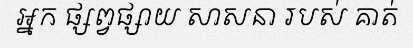
អ្នក ផ្សព្វផ្សាយ សាសនា របស់ គាត់